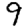
Digit: 9